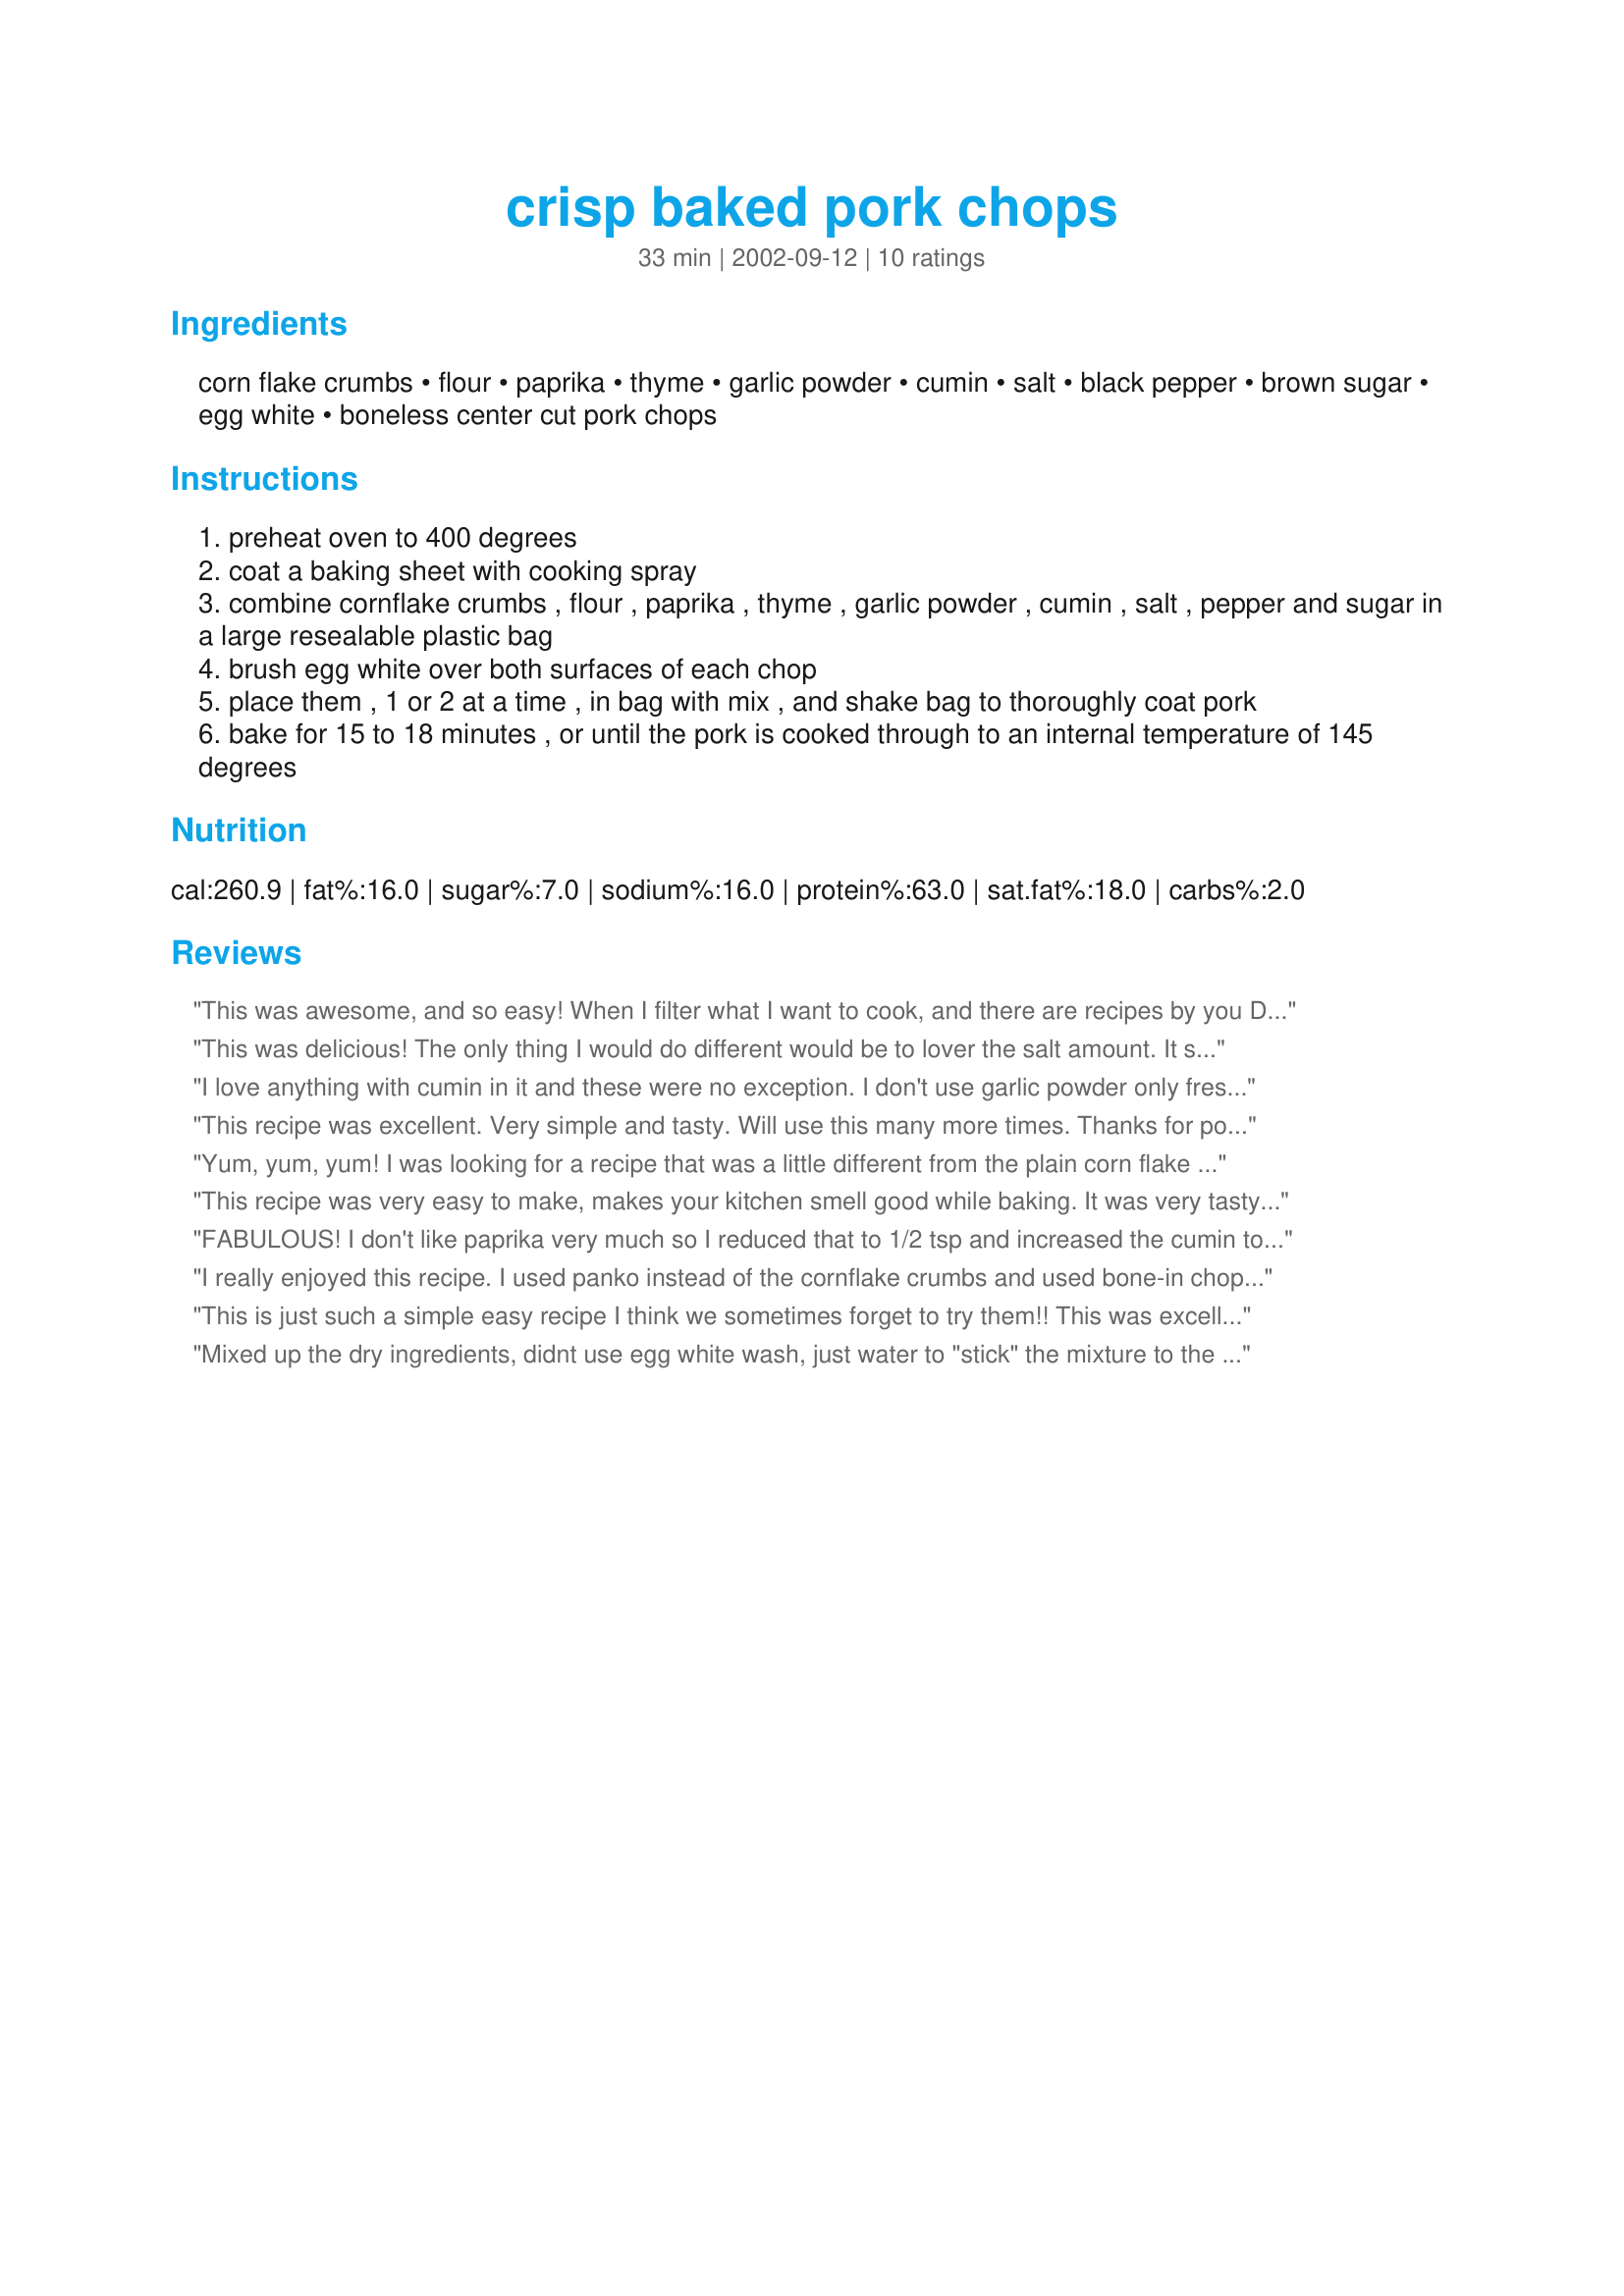
crisp baked pork chops
Preparation time: 33 minutes

Ingredients:
corn flake crumbs, flour, paprika, thyme, garlic powder, cumin, salt, black pepper, brown sugar, egg white, boneless center cut pork chops

Steps:
preheat oven to 400 degrees
coat a baking sheet with cooking spray
combine cornflake crumbs , flour , paprika , thyme , garlic powder , cumin , salt , pepper and sugar in a large resealable plastic bag
brush egg white over both surfaces of each chop
place them , 1 or 2 at a time , in bag with mix , and shake bag to thoroughly coat pork
bake for 15 to 18 minutes , or until the pork is cooked through to an internal temperature of 145 degrees

Reviews:
This was awesome, and so easy! When I filter what I want to cook, and there are recipes by you Dancer, I almost always pick that one because you never disappoint!!
This was delicious! The only thing I would do different would be to lover the salt amount. It seemed salty to us. But we don't use too much salt normally so that might be why..... but very tasty, moist and easy! Thanks again for sharing this recipe!
I love anything with cumin in it and these were no exception. I don't use garlic powder only fresh so I pressed the crushed garlic onto the chops and then gently rolled the chops in the mixture on a plate rather than using the bag. I've also done away with wasting eggs when coating meat in crumbs, I now spread a thin layer of low fat mayonnaise on all meats prior to crumbing, it works just as well as an egg does and is actually a bit quicker and you can't taste it. I used 2 chops with the bone in and cooked them for 30 minutes. Thanx for posting, will make this again!
This recipe was excellent. Very simple and tasty. Will use this many more times. Thanks for posting. 

Yum, yum, yum! I was looking for a recipe that was a little different from the plain corn flake crumb breaded pork chops that I use. This one is it. This has a wonderful flavor, with a crispy outside but a tender, juicy inside. Oh, and its lower in calories. I made it as printed except I didn't have any thyme, and I baked it for 30 minutes. Perfection! This is definitely a winner. Thanks for sharing
This recipe was very easy to make, makes your kitchen smell good while baking. It was very tasty. Will be making it again very soon. (corrected spelling errors)
FABULOUS! I don't like paprika very much so I reduced that to 1/2 tsp and increased the cumin to 1 tsp. I also used a whole egg b/c I was too lazy to separate!!:) My husband raved and I will make this again FOR SURE!! Thanks for posting.:)
I really enjoyed this recipe. I used panko instead of the cornflake crumbs and used bone-in chops so had to cook them a bit longer,(30 min.). Thanks Dancer.
This is just such a simple easy recipe I think we sometimes forget to try them!! This was excellent. The pork was tender and juicy. Loved the cumin in it. Did not change anything. . . it was good as posted!!
Mixed up the dry ingredients, didnt use egg white wash, just water to "stick" the mixture to the chops. Baked.. and ENJOYED! Yum!
